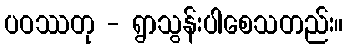
ပဝဿတု - ရွာသွန်းပါစေသတည်း။